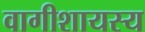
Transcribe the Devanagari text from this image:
वागीशायस्य